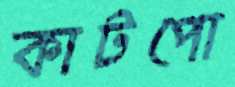
কাটপো